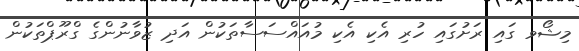
މިޝޯވ ގައި ރަށުގައި ހުރި އެކި އެކި މުއައްސަސާތަކުން އަދި ޒުވާނުންގެ ގްރޫޕްތަކުން